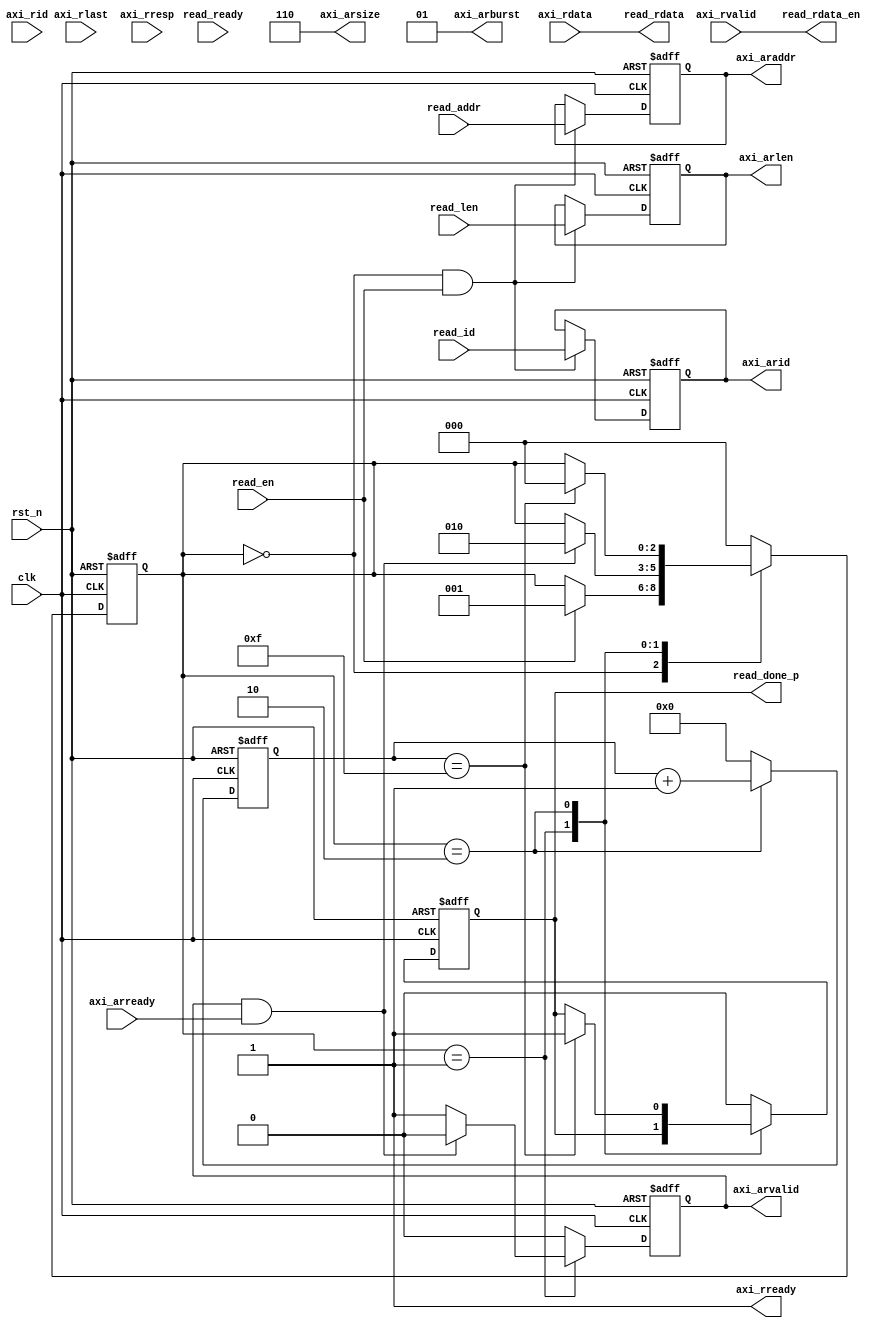
`timescale 1ns / 1ps
//////////////////////////////////////////////////////////////////////////////////
// Company: Meyesemi
// 
// Design Name: 
// Module Name: rd_ctrl
// Project Name: 
// Target Devices: 
// Tool Versions: 
// Description: 
// 
// Dependencies: 
// 
// Revision:
// Revision 0.01 - File Created
// Additional Comments:
// 
//////////////////////////////////////////////////////////////////////////////////
`define UD #1

module rd_ctrl #(
    parameter CTRL_ADDR_WIDTH      = 28,
    parameter MEM_DQ_WIDTH         = 16 
)(
    input                                clk           ,
    input                                rst_n         ,   
    
    input [CTRL_ADDR_WIDTH-1:0]          read_addr     ,
    input [3:0]                          read_id       ,
    input [3:0]                          read_len      ,
    input                                read_en       ,
    output reg                           read_done_p   =0,
    
    input                                read_ready    ,
    output   [MEM_DQ_WIDTH*8-1:0]        read_rdata    ,
    output                               read_rdata_en ,
   
    output reg [CTRL_ADDR_WIDTH-1:0]     axi_araddr    =0,    
    output reg [3:0]                     axi_arid      =0,
    output reg [3:0]                     axi_arlen     =0,
    output     [2:0]                     axi_arsize    ,
    output     [1:0]                     axi_arburst   ,
    output reg                           axi_arvalid   =0, 
    input                                axi_arready   ,      //only support 2'b01: INCR
                                         
    output                               axi_rready    ,
    input   [MEM_DQ_WIDTH*8-1:0]         axi_rdata     ,
    input                                axi_rvalid    ,
    input                                axi_rlast     ,
    input   [3:0]                        axi_rid       ,
    input   [1:0]                        axi_rresp  
);

    localparam E_IDLE = 3'd0;
    localparam E_RD   = 3'd1;
    localparam E_END  = 3'd2;
    localparam DQ_NUM = MEM_DQ_WIDTH/8; 
    
    assign axi_arburst = 2'b01;
    assign axi_arsize = 3'b110;
    
    reg [2:0] test_rd_state;
    reg [3:0] rd_delay_cnt;

    always @(posedge clk or negedge rst_n)
    begin
       if (!rst_n)
       test_rd_state  <= E_IDLE;
       else begin      
        case (test_rd_state)
            E_IDLE: begin
                if (read_en)
                    test_rd_state <= E_RD;
            end
            E_RD: begin                
                if (axi_arvalid&axi_arready)//(rd_delay_cnt == 4'd7)//
                    test_rd_state <= E_END;
            end
            E_END:  begin
                if (rd_delay_cnt == 4'd15)
                    test_rd_state <= E_IDLE;
            end 
            default:  test_rd_state <= E_IDLE;
        endcase     
       end
    end        
    
    
    always @(posedge clk or negedge rst_n)
    begin
       if (!rst_n)
           rd_delay_cnt       <= 4'b0; 
       else if((test_rd_state == E_END))
           rd_delay_cnt <= rd_delay_cnt + 1'b1;
       else
           rd_delay_cnt       <= 4'b0; 
    end
    
    always @(posedge clk or negedge rst_n)
    begin
       if (!rst_n) begin
           axi_araddr     <= {CTRL_ADDR_WIDTH{1'b0}}; 
           axi_arid       <= 4'b0; 
           axi_arlen      <= 4'b0; 
       end
       else if((test_rd_state == E_IDLE) & read_en)
       begin
           axi_arid <= read_id;
           axi_araddr <= read_addr;
           axi_arlen  <=  read_len;              
       end
    end
    
    always @(posedge clk or negedge rst_n)
    begin
    	if (!rst_n) begin
            axi_arvalid    <= 1'b0; 
            read_done_p    <= 1'b0;
    	end
    	else begin
        	case (test_rd_state)
                E_IDLE: begin
                    read_done_p <= 1'b0 ;
                    axi_arvalid <= 1'b0;
                end
                E_RD: begin
                    axi_arvalid <= 1'b1;   
                                   
                    if (axi_arvalid&axi_arready)
                        axi_arvalid <= 1'b0; 
                end
                E_END: begin
                    axi_arvalid <= 1'b0;
                    if(rd_delay_cnt == 4'd15)
                        read_done_p <= 1'b1;
                end
                default: begin
                    axi_arvalid <= 1'b0;
                    read_done_p <= 1'b0;
                end
            endcase  
    	end
    end

    assign axi_ready = read_ready;
    assign read_rdata = axi_rdata;
    assign read_rdata_en = axi_rvalid;
    assign axi_rready = 1'b1;
 
endmodule